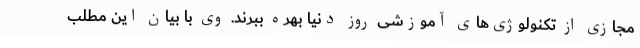
مجازی از تکنولوژی‌های آموزشی روز دنیا بهره ببرند. وی با بیان این مطلب